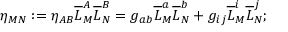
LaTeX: \eta _ { M N } : = \eta _ { A B } \overline { { { L } } } _ { M } ^ { A } \overline { { { L } } } _ { N } ^ { B } = g _ { a b } \overline { { { L } } } _ { M } ^ { a } \overline { { { L } } } _ { N } ^ { b } + g _ { i j } \overline { { { L } } } _ { M } ^ { i } \overline { { { L } } } _ { N } ^ { j } ;